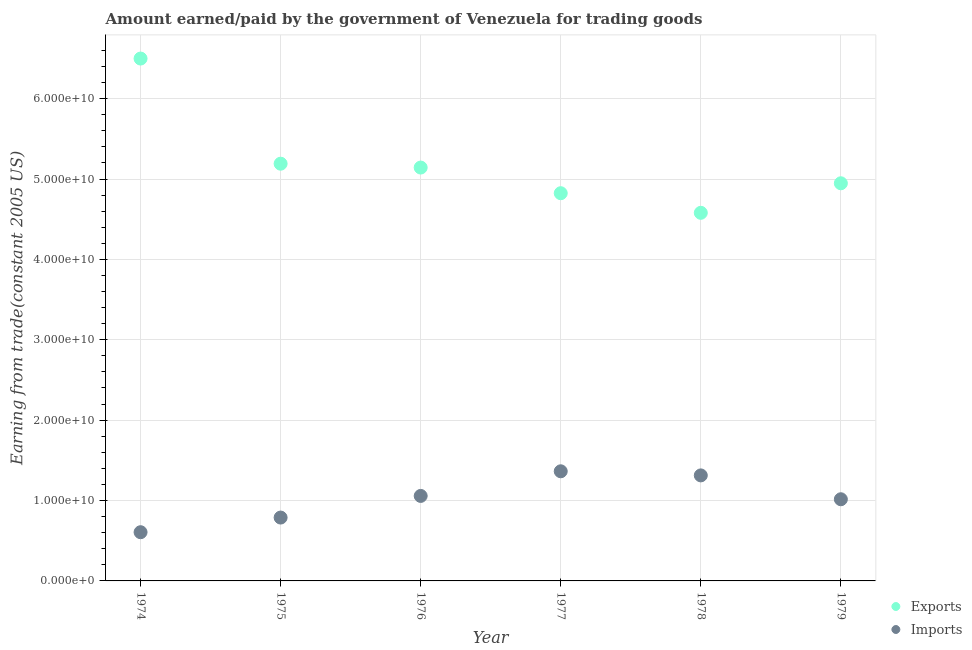
| Year | Exports | Imports |
 | --- | --- | --- |
 | 1974 | 6.5e+10 | 6.06e+09 |
 | 1975 | 5.19e+10 | 7.88e+09 |
 | 1976 | 5.14e+10 | 1.06e+10 |
 | 1977 | 4.82e+10 | 1.36e+10 |
 | 1978 | 4.58e+10 | 1.31e+10 |
 | 1979 | 4.95e+10 | 1.02e+10 |